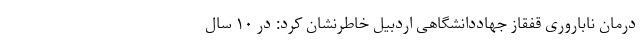
درمان ناباروری قفقاز جهاددانشگاهی اردبیل خاطرنشان کرد: در ۱۰ سال